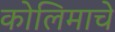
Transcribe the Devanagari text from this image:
कोलिमाचे